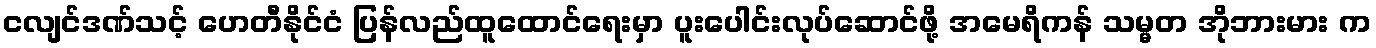
ငလျင်ဒဏ်သင့် ဟေတီနိုင်ငံ ပြန်လည်ထူထောင်ရေးမှာ ပူးပေါင်းလုပ်ဆောင်ဖို့ အမေရိကန် သမ္မတ အိုဘားမား က